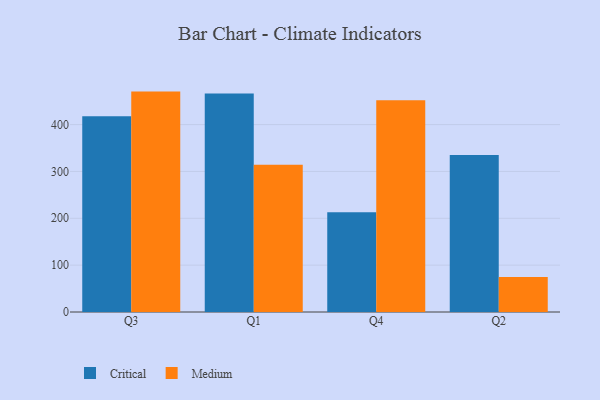
{"axis": {"x": "Quarter", "y": "Latency (ms)"}, "legend": ["Critical", "Medium"], "data": [{"x": "Q3", "y": 417.6, "type": "Critical"}, {"x": "Q3", "y": 470.4, "type": "Medium"}, {"x": "Q1", "y": 466.2, "type": "Critical"}, {"x": "Q1", "y": 314.2, "type": "Medium"}, {"x": "Q4", "y": 213.1, "type": "Critical"}, {"x": "Q4", "y": 451.7, "type": "Medium"}, {"x": "Q2", "y": 335.0, "type": "Critical"}, {"x": "Q2", "y": 74.7, "type": "Medium"}]}